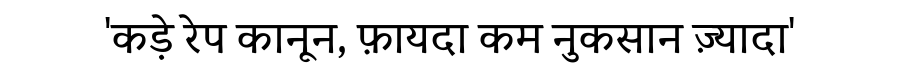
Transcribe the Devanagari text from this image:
'कड़े रेप कानून, फ़ायदा कम नुकसान ज़्यादा'